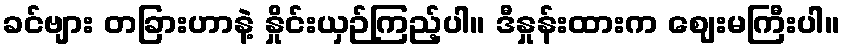
ခင်ဗျား တခြားဟာနဲ့ နှိုင်းယှဉ်ကြည့်ပါ။ ဒီနှုန်းထားက ဈေးမကြီးပါ။